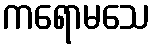
ကရောမသေ